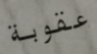
عقوبة